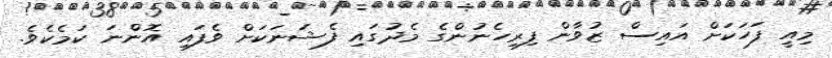
މިއީ ފަހަކަށް އައިސް ޒުވާން ފިރިހެނުންގެ މެދުގައި ފެޝަނަކަށް ވެފައި އޮންނަ ކަމެކެވެ.